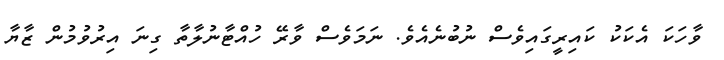
ވާހަކަ އެކަކު ކައިރީގައިވެސް ނުބުނެއެވެ. ނަމަވެސް ވާރޭ ހުއްޓާނުލާތާ ގިނަ އިރުވުމުން ޒާޔާ